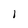
Character: l